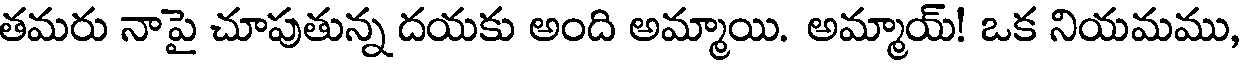
తమరు నాపై చూపుతున్న దయకు అంది అమ్మాయి. అమ్మాయ్! ఒక నియమము,